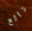
رائع